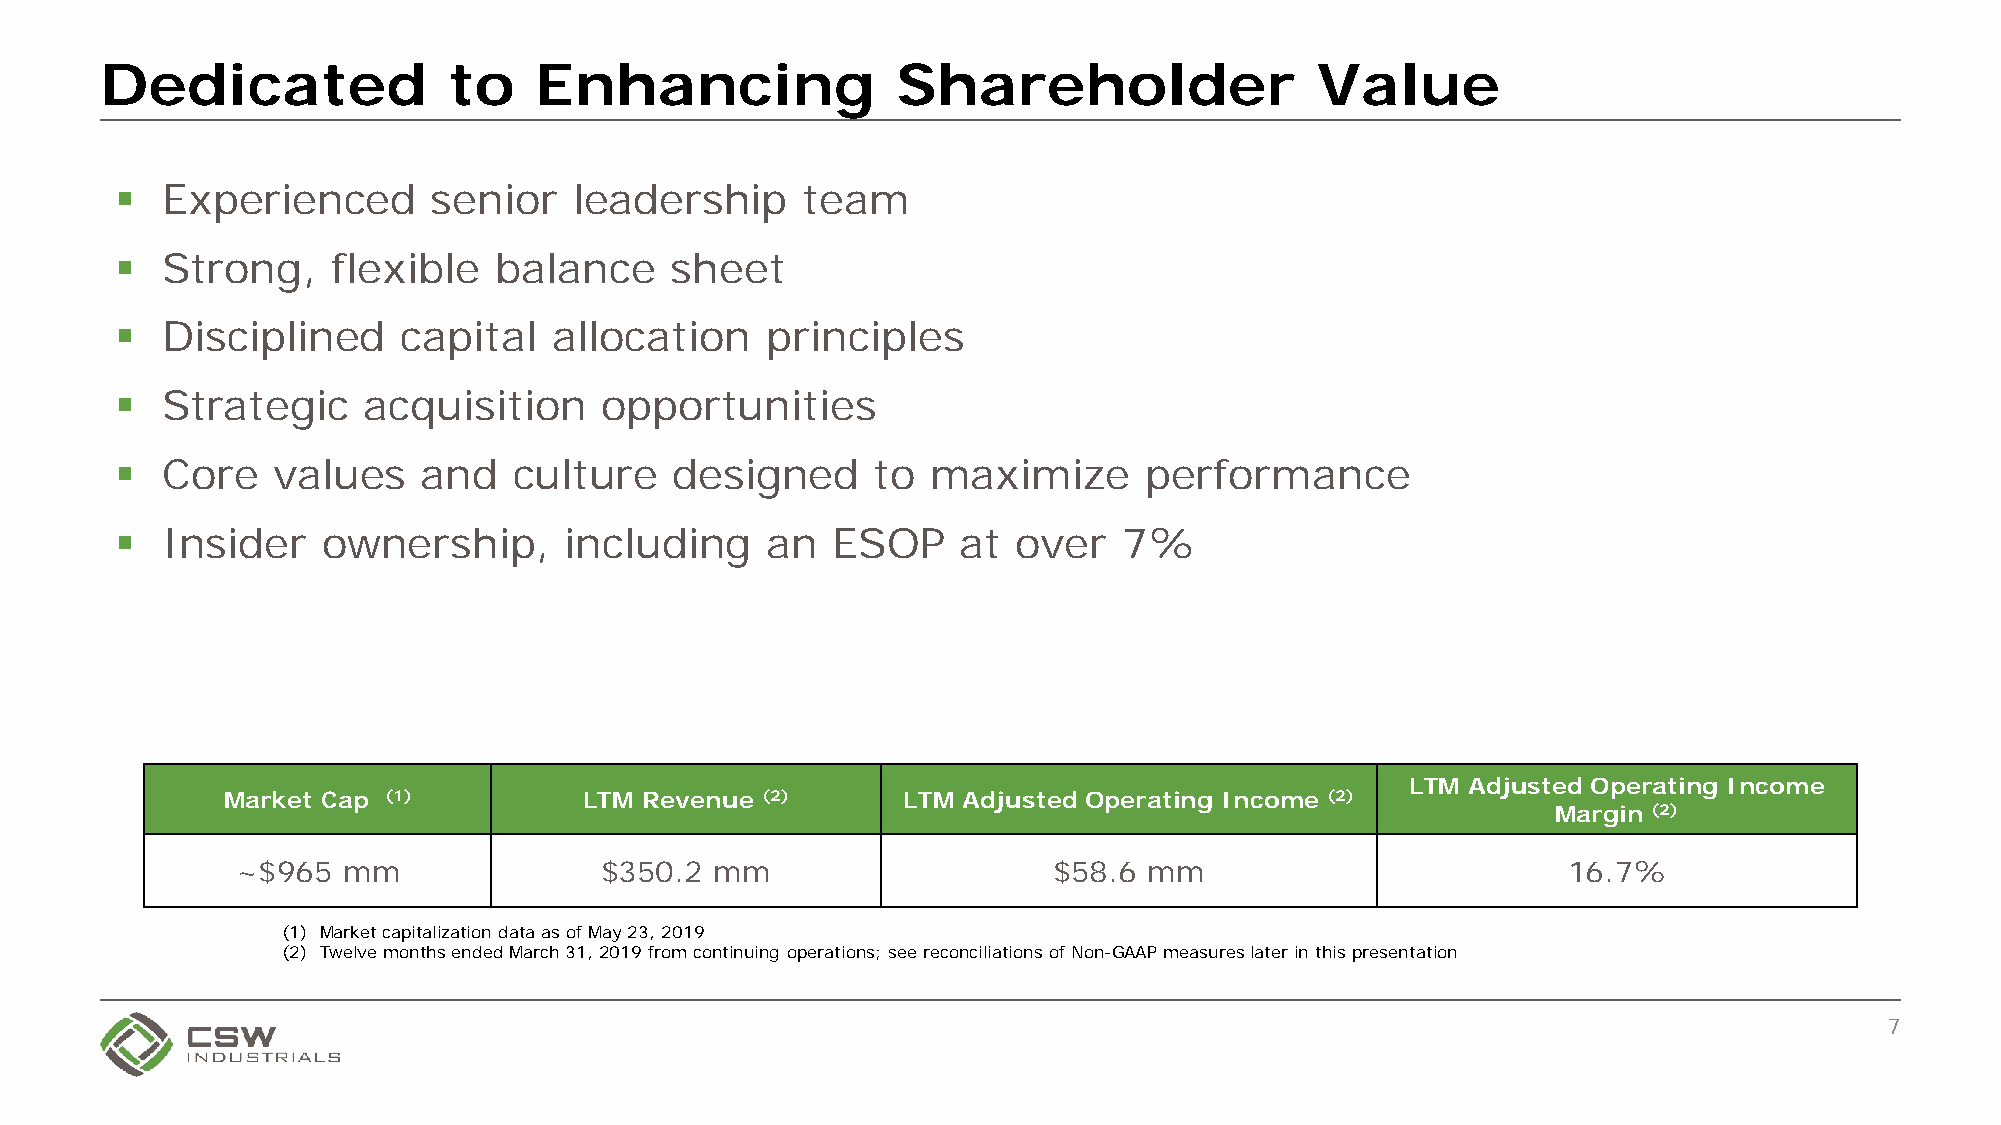
Dedicated              to   Enhancing               Shareholder                 Value
   Experienced       senior   leadership     team
   Strong,    flexible   balance    sheet
   Disciplined     capital   allocation    principles
   Strategic    acquisition     opportunities
   Core   values    and   culture    designed     to  maximize      performance
   Insider   ownership,      including     an  ESOP     at over   7%
 LTM Adjusted Operating Income
 Market Cap (1)          LTM Revenue (2)      LTM Adjusted Operating Income (2)
 Margin (2)
 ~$965  mm               $350.2 mm                     $58.6 mm                          16.7%
 (1) Market capitalization data as of May 23, 2019
 (2) Twelve months ended March 31, 2019 from continuing operations; see reconciliations of Non-GAAP measures later in this presentation
 7